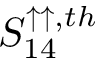
S _ { 1 4 } ^ { \uparrow \uparrow , t h }